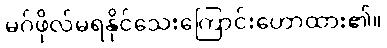
မဂ်ဖိုလ်မရနိုင်သေးကြောင်းဟောထား၏။